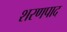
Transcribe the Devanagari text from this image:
शरणपाद